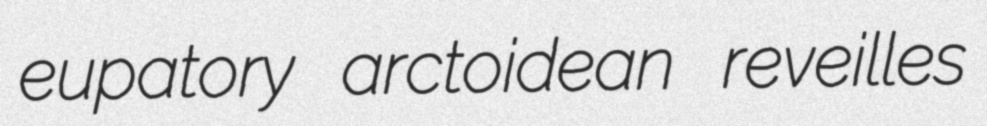
eupatory arctoidean reveilles